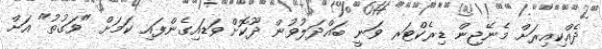
ދެއްކިއިރަށް މެނޭޖިން ޑިރެކްޓަރ ވަނީ ބައްދަލުވުން ދޫކޮށް ވަޑައިގެންފައި ކަމަށް "ވަގުތު" އަށް